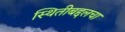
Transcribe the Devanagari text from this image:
स्थितीबद्दलचा